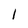
Character: 1